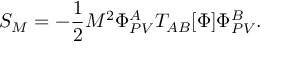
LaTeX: S _ { M } = - \frac { 1 } { 2 } M ^ { 2 } \Phi _ { P V } ^ { A } T _ { A B } [ \Phi ] \Phi _ { P V } ^ { B } .